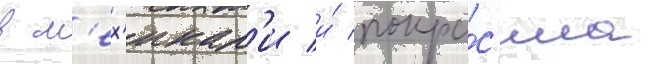
в м'ех'икал'и и́ покра́с'ила